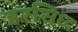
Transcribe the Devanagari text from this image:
हरसिध्द